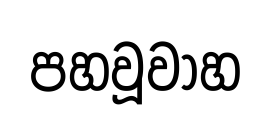
පහවූවාහ